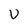
Character: V